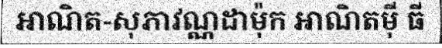
អាណិត-សុភាវណ្ណដាម៉ុក អាណិតម៉ី ធី